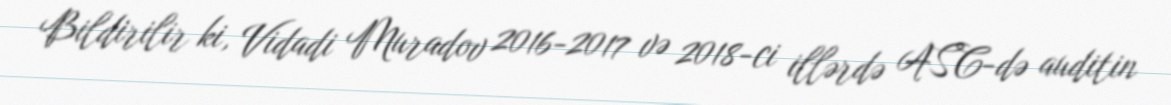
Bildirilir ki, Vidadi Muradov 2016-2017 və 2018-ci illərdə ASC-də auditin